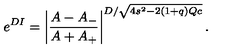
e ^ { D I } = \left| \frac { A - A _ { - } } { A + A _ { + } } \right| ^ { D / \sqrt { 4 s ^ { 2 } - 2 ( 1 + q ) Q c } } .